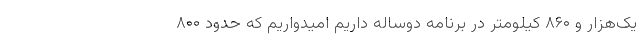
یک‌هزار و ۸۶۰ کیلومتر در برنامه دوساله داریم امیدواریم که حدود ۸۰۰